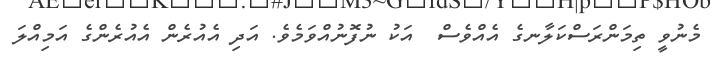
މެނުވީ ތިމަންރަސްކަލާނގެ އެއްވެސް  އަކު ނުފޮނުއްވަމެވެ. އަދި އެއުރެން އެއުރެންގެ އަމިއްލަ